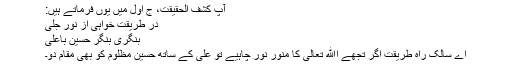
آپ کشف الحقیقت، ج اول میں یوں فرماتے ہیں:
در طریقت خواہی از نور جلی
بنگری بنگر حسین باعلیؑ
اے سالک راہ طریقت اگر تجھے اﷲ تعالیٰ کا منور نور چاہیے تو علیؑ کے ساتھ حسین مظلوم کو بھی مقام دو۔